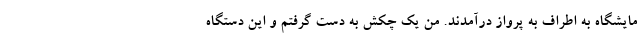
مایشگاه به اطراف به پرواز درآمدند. من یک چکش به دست گرفتم و این دستگاه